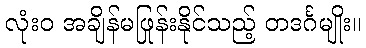
လုံးဝ အချိန်မဖြုန်းနိုင်သည့် တဒင်္ဂမျိုး။